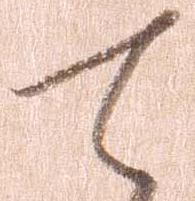
て